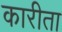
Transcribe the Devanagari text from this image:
कारीता